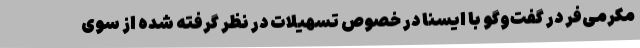
مکرمی‌فر در گفت‌وگو با ایسنا در خصوص تسهیلات در نظر گرفته شده از سوی